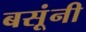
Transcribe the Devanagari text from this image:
बसूंनी